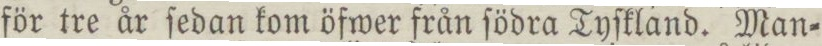
för tre år ſedan kom öfwer från ſödra Tyſkland. Man=